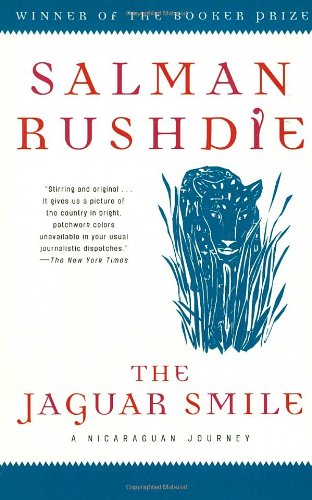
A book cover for The Jaguar Smile: A Nicaraguan Journey; Salman Rushdie; Travel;